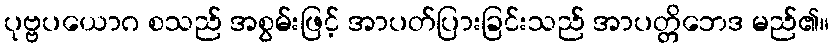
ပုဗ္ဗပယောဂ စသည် အစွမ်းဖြင့် အာပတ်ပြားခြင်းသည် အာပတ္တိဘေဒ မည်၏။